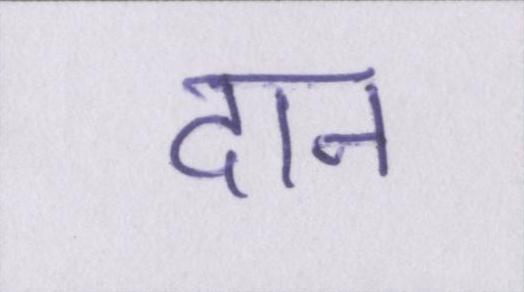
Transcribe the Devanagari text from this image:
दान